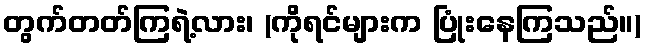
တွက်တတ်ကြရဲ့လား၊ (ကိုရင်များက ပြုံးနေကြသည်။)